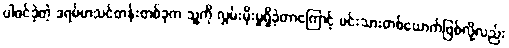
ပါဝင်ခဲ့တဲ့ ဒရမ်မာသင်တန်းတစ်ခုက သူ့ကို လွှမ်းမိုးမှုရှိခဲ့တာကြောင့် မင်းသားတစ်ယောက်ဖြစ်လို့လည်း